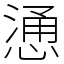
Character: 慂